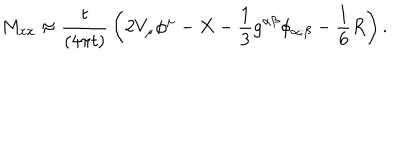
LaTeX: M _ { x x } \approx { \frac { t } { \left( 4 \pi t \right) } } \left( 2 V _ { \mu } \phi ^ { \mu } - X - { \frac { 1 } { 3 } } g ^ { \alpha \beta } \phi _ { \alpha ; \beta } - { \frac { 1 } { 6 } } R \right) .